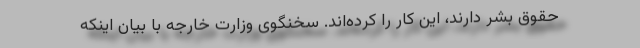
حقوق بشر دارند، این کار را کرده‌اند. سخنگوی وزارت خارجه با بیان اینکه